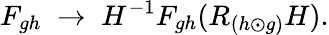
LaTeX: F_{gh}\; \rightarrow\; H^{-1}F_{gh}(R_{(h\odot g)}H).